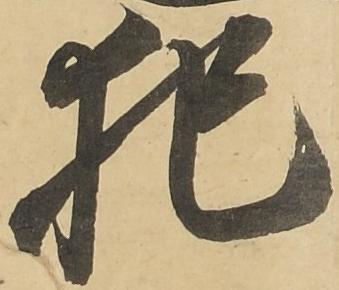
犯